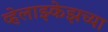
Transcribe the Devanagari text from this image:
व्हेलाझ्केझच्या